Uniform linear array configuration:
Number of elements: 4
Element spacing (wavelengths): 0.5
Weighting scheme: uniform
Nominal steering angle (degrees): -45
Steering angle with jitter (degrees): -43.567
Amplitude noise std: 0.05
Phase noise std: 0.05

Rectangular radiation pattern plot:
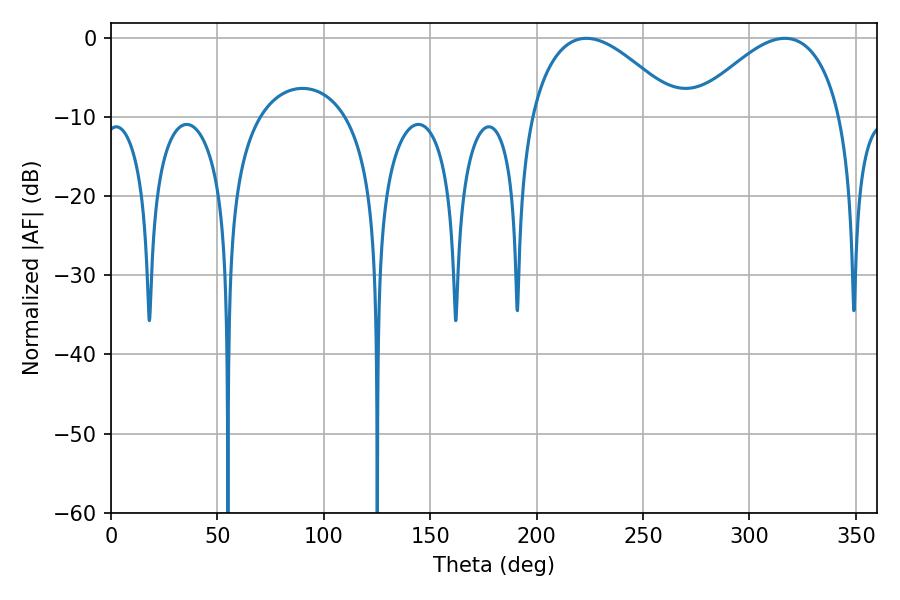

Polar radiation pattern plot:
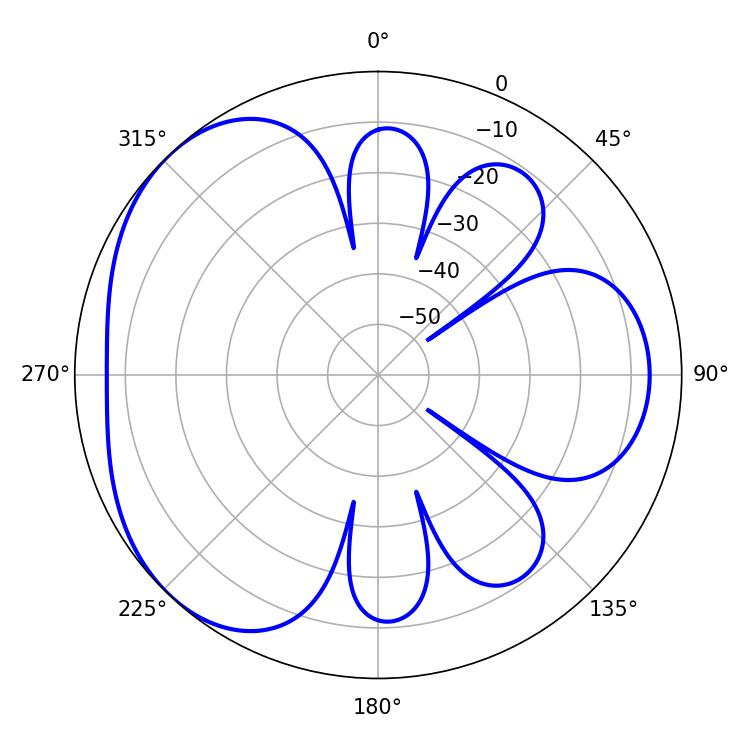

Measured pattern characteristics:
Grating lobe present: FALSE
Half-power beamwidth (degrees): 38.34
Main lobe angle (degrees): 223.38